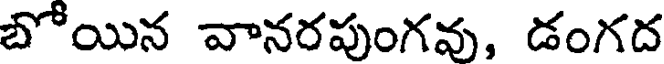
బోయిన వానరపుంగవు, డంగద